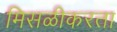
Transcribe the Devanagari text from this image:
मिसळीकरता